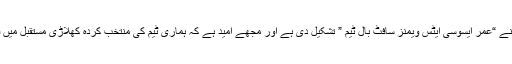
اس بات کومدنظررکھتے ہوئے پاکستان کے پرائیوٹ سیکٹرز سے پہل کرتے ہوئے ہم نے “عمر ایسوسی ایٹس ویمنز سافٹ بال ٹیم ” تشکیل دی ہے اور مجھے امید ہے کہ ہماری ٹیم کی منتخب کردہ کھلاڑی مستقبل میں قومی سافٹ بال ٹیم کا حصہ بن کرانٹرنیشنل ایونٹس میں پاکستان کی نمائندگی کریں گی۔